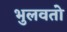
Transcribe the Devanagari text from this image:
भुलवतो